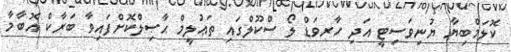
ކޮލަމްބިޔާ ޔުނިވަސިޓީ އަދި ހާރވަޑް ލޯ ސްކޫލްގައި ތަޢުލީމް ޙާޞިލްކޮށްފައިވާ ބަރާކް އޮބާމާ